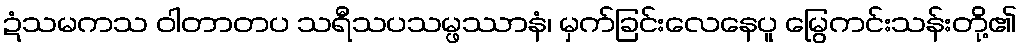
ဍံသမကသ ဝါတာတပ သရီသပသမ္ဖဿာနံ၊ မှက်ခြင်းလေနေပူ မြွေကင်းသန်းတို့၏